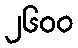
၂၆၀၀